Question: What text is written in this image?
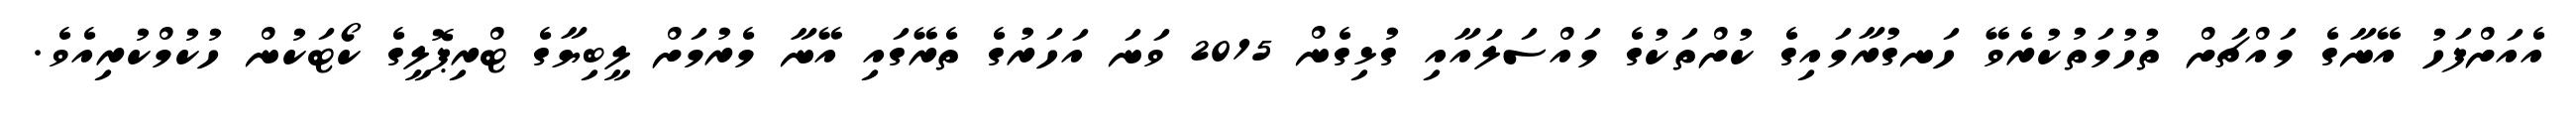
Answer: އެއަށްފަހު އޭނާގެ މައްޗަށް ތުހުމަތުކުރެވޭ ހަނގުރާމައިގެ ކުށްތަކުގެ މައްސަލައާއި ގުޅިގެން 2015 ވަނަ އަހަރުގެ ތެރޭގައި އޭނާ މެރުމަށް ލީބިޔާގެ ޓްރިޕޮލީގެ ކޯޓަކުން ހުކުމްކުރިއެވެ.